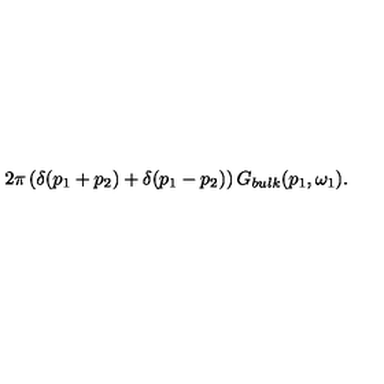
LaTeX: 2 \pi \left( \delta ( p _ { 1 } + p _ { 2 } ) + \delta ( p _ { 1 } - p _ { 2 } ) \right) G _ { b u l k } ( p _ { 1 } , \omega _ { 1 } ) .